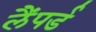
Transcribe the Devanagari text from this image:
लैंपर्ड